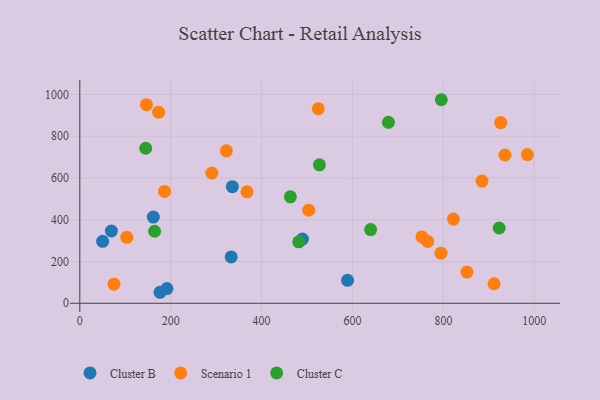
{"axis": {"x": "Engine Size", "y": "Demand"}, "legend": ["Cluster B", "Cluster C", "Scenario 1"], "data": [{"x": "333.1", "y": 222.1, "type": "Cluster B"}, {"x": "161.7", "y": 412.8, "type": "Cluster B"}, {"x": "489.9", "y": 307.2, "type": "Cluster B"}, {"x": "335.6", "y": 558.0, "type": "Cluster B"}, {"x": "69.5", "y": 346.1, "type": "Cluster B"}, {"x": "176.5", "y": 52.7, "type": "Cluster B"}, {"x": "589.1", "y": 109.8, "type": "Cluster B"}, {"x": "191.6", "y": 70.2, "type": "Cluster B"}, {"x": "50.2", "y": 296.6, "type": "Cluster B"}, {"x": "75.2", "y": 91.7, "type": "Scenario 1"}, {"x": "984.8", "y": 711.8, "type": "Scenario 1"}, {"x": "851.9", "y": 149.5, "type": "Scenario 1"}, {"x": "911.5", "y": 93.6, "type": "Scenario 1"}, {"x": "503.7", "y": 445.6, "type": "Scenario 1"}, {"x": "885.1", "y": 585.1, "type": "Scenario 1"}, {"x": "322.4", "y": 729.6, "type": "Scenario 1"}, {"x": "935.4", "y": 709.7, "type": "Scenario 1"}, {"x": "290.5", "y": 623.6, "type": "Scenario 1"}, {"x": "752.8", "y": 317.7, "type": "Scenario 1"}, {"x": "103.3", "y": 315.6, "type": "Scenario 1"}, {"x": "794.6", "y": 239.7, "type": "Scenario 1"}, {"x": "822.1", "y": 403.2, "type": "Scenario 1"}, {"x": "173.4", "y": 914.8, "type": "Scenario 1"}, {"x": "186.4", "y": 535.3, "type": "Scenario 1"}, {"x": "146.7", "y": 950.8, "type": "Scenario 1"}, {"x": "367.8", "y": 533.6, "type": "Scenario 1"}, {"x": "765.5", "y": 296.3, "type": "Scenario 1"}, {"x": "524.8", "y": 931.1, "type": "Scenario 1"}, {"x": "926.2", "y": 865.2, "type": "Scenario 1"}, {"x": "922.8", "y": 360.4, "type": "Cluster C"}, {"x": "145.0", "y": 742.2, "type": "Cluster C"}, {"x": "795.4", "y": 974.4, "type": "Cluster C"}, {"x": "527.3", "y": 662.9, "type": "Cluster C"}, {"x": "639.9", "y": 352.8, "type": "Cluster C"}, {"x": "164.6", "y": 344.8, "type": "Cluster C"}, {"x": "679.1", "y": 866.2, "type": "Cluster C"}, {"x": "463.3", "y": 509.4, "type": "Cluster C"}, {"x": "481.7", "y": 294.0, "type": "Cluster C"}]}